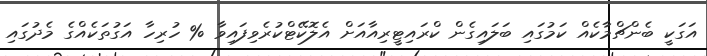
އަގަކީ ބެންޗްމާކެއް ކަމުގައި ބަލައިގެން ކްރައިޓީރިއާއަށް އެލޮކޭޓްކުރެވިފައިވާ % ހުރިހާ އަގުތަކެއްގެ މެދުގައި